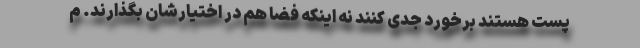
پست هستند برخورد جدی کنند نه اینکه فضا هم در اختیارشان بگذارند. م